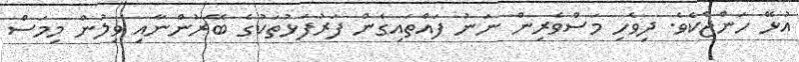
އުޅޭ ހަންޖެކެވެ. ދިވެހި މަސްވެރިން ނަނު ފައްތައިގެން ފަރުފަޅުތަކުގެ ބޭރުންނާއި ވިލުން މިމަސް